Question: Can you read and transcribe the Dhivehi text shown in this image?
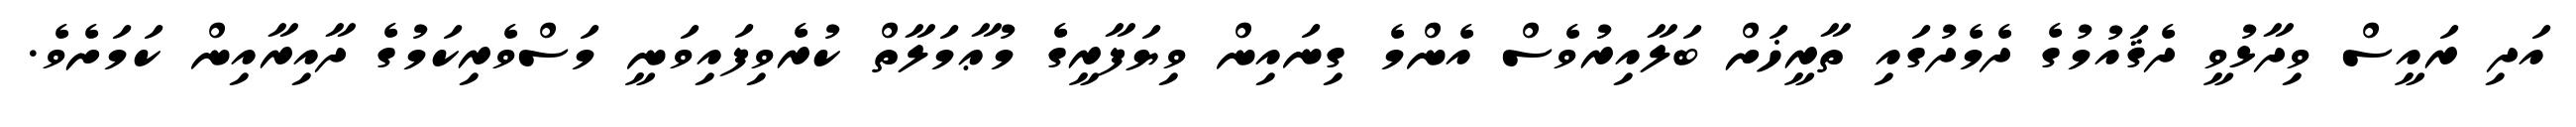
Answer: އަދި ރައީސް ވިދާޅުވީ ދެޤައުމުގެ ދެމެދުގައި ތާރީޚަށް ބަލާއިރުވެސް އެންމެ ގިނައިން ވިޔަފާރީގެ މުޢާމަލާތް ކުރެވިފައިވަނީ މަސްވެރިކަމުގެ ދާއިރާއިން ކަމަށެވެ.